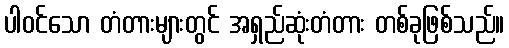
ပါဝင်သော တံတားများတွင် အရှည်ဆုံးတံတား တစ်ခုဖြစ်သည်။